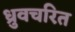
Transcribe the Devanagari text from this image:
ध्रुवचरित